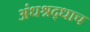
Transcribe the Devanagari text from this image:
अंधश्रद्धाच